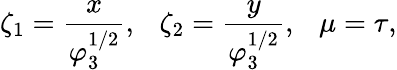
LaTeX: \zeta_{1}=\frac{x}{\varphi_{3}^{1/2}},~~~\zeta_{2}=\frac{y}{\varphi_{3}^{1/2}},~~~\mu=\tau,